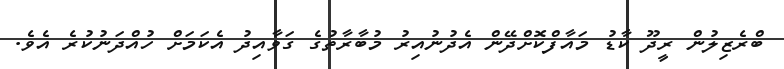
ބްރެޒިލުން ރީދޫ ކާޑު މައާފްކޮށްދޭން އެދުނުއިރު މުބާރާތުގެ ގަވާއިދު އެކަމަށް ހުއްދަނުކުރެ އެވެ.